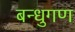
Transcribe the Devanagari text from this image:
बन्धुगण